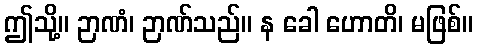
ဤသို့။ ဉာဏံ၊ ဉာဏ်သည်။ န ခေါ ဟောတိ၊ မဖြစ်။